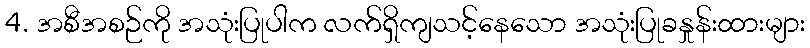
4. အစီအစဉ်ကို အသုံးပြုပါက လက်ရှိကျသင့်နေသော အသုံးပြုခနှုန်းထားများ